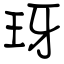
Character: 玡